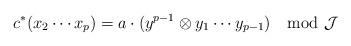
LaTeX: \begin{align*} c^*(x_2\cdots x_{p}) = a \cdot (y^{p-1} \otimes y_1\cdots y_{p-1}) \mod \mathcal J \end{align*}